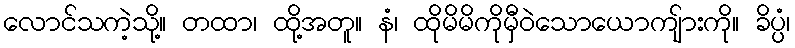
လောင်သကဲ့သို့။ တထာ၊ ထို့အတူ။ နံ၊ ထိုမိမိကိုမှီဝဲသောယောကျ်ားကို။ ခိပ္ပံ၊